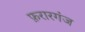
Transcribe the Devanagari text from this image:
फ़रारगंज